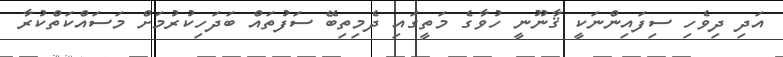
އަދި ދިވެހި ސިފައިންނަކީ ޤާނޫނީ ހުވާގެ މަތީގައި ދެމިތިބޭ ސަފުތައް ބަދަހިކުރުމަށް މަސައްކަތްކުރާ